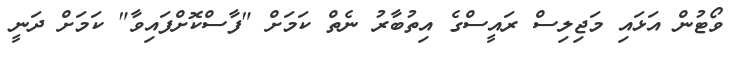
ވޯޓުން އަޅައި މަޖިލިސް ރައީސްގެ އިތުބާރު ނެތް ކަމަށް "ފާސްކޮށްފައިވާ" ކަމަށް ދަނީ